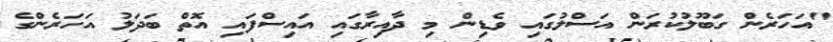
"އަހަރެން ގަބޫލުކުރަން އަސްލުގައި ވެޑިން މި ދާއިރާގައި އައިސްފައި އޮތް ބަދަލު އަހަރެންގެ